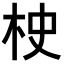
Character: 𣐳